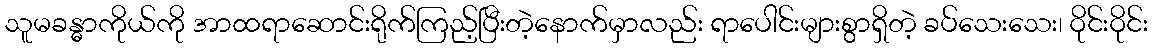
သူမခန္ဓာကိုယ်ကို အာထရာဆောင်းရိုက်ကြည့်ပြီးတဲ့နောက်မှာလည်း ရာပေါင်းများစွာရှိတဲ့ ခပ်သေးသေး၊ ဝိုင်းဝိုင်း